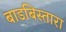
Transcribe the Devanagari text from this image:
बाडबिस्तारा